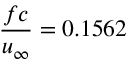
\frac { f c } { u _ { \infty } } = 0 . 1 5 6 2